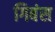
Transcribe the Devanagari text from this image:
गिबंस